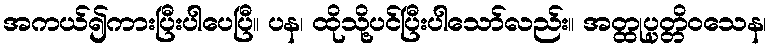
အကယ်၍ကားပြီးပါပေပြီ။ ပန၊ ထိုသို့ပင်ပြီးပါသော်လည်း။ အတ္ထုပ္ပတ္တိဝသေန၊